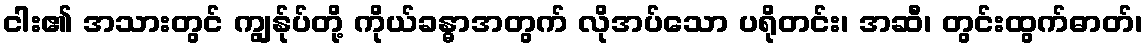
ငါး၏ အသားတွင် ကျွန်ုပ်တို့ ကိုယ်ခန္ဓာအတွက် လိုအပ်သော ပရိုတင်း၊ အဆီ၊ တွင်းထွက်ဓာတ်၊